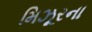
મિઝૂરના